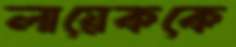
লায়েককে